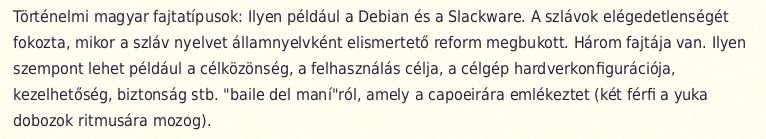
Történelmi magyar fajtatípusok: Ilyen például a Debian és a Slackware. A szlávok elégedetlenségét fokozta, mikor a szláv nyelvet államnyelvként elismertető reform megbukott. Három fajtája van. Ilyen szempont lehet például a célközönség, a felhasználás célja, a célgép hardverkonfigurációja, kezelhetőség, biztonság stb. "baile del maní"ról, amely a capoeirára emlékeztet (két férfi a yuka dobozok ritmusára mozog).